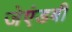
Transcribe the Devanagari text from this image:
जेएंडबी